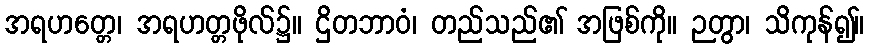
အရဟတ္တေ၊ အရဟတ္တဖိုလ်၌။ ဌိတဘာဝံ၊ တည်သည်၏ အဖြစ်ကို။ ဉတွာ၊ သိကုန်၍။